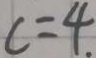
c = 4 .